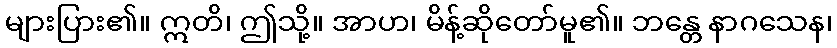
များပြား၏။ ဣတိ၊ ဤသို့။ အာဟ၊ မိန့်ဆိုတော်မူ၏။ ဘန္တေ နာဂသေန၊